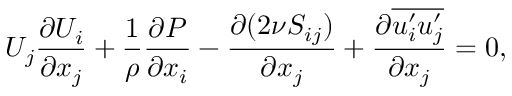
U _ { j } \frac { \partial U _ { i } } { \partial x _ { j } } + \frac { 1 } { \rho } \frac { \partial P } { \partial x _ { i } } - \frac { \partial ( 2 \nu S _ { i j } ) } { \partial x _ { j } } + \frac { \partial \overline { { u _ { i } ^ { \prime } u _ { j } ^ { \prime } } } } { \partial x _ { j } } = 0 ,